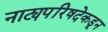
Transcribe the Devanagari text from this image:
नाट्यपरिषदेकडून